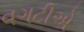
વગટીએ